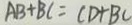
A B + B C = C D + B C